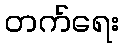
တက်ရေး